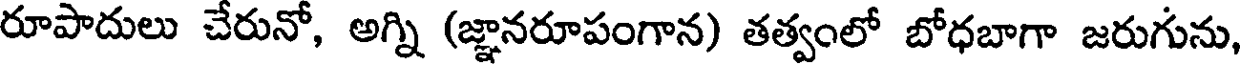
రూపాదులు చేరునో, అగ్ని (జ్ఞానరూపంగాన) తత్వంలో బోధబాగా జరుగును,